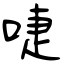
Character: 啑